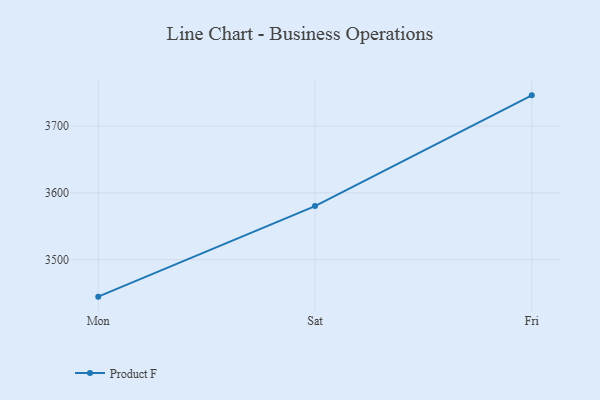
{"axis": {"x": "Day", "y": "Conversion Rate (%)"}, "legend": ["Product F"], "data": [{"x": "Mon", "y": 3444.6, "type": "Product F"}, {"x": "Sat", "y": 3580.2, "type": "Product F"}, {"x": "Fri", "y": 3746.0, "type": "Product F"}]}